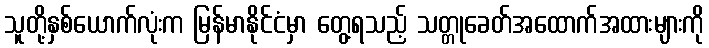
သူတို့နှစ်ယောက်လုံးက မြန်မာနိုင်ငံမှာ တွေ့ရသည့် သတ္တုခေတ်အထောက်အထားများကို